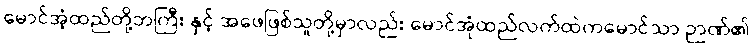
မောင်အံ့ထည်တို့ဘကြီး နှင့် အဖေဖြစ်သူတို့မှာလည်း မောင်အုံထည်လက်ထဲကမောင်သာ ဉာဏ်၏